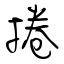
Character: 捲